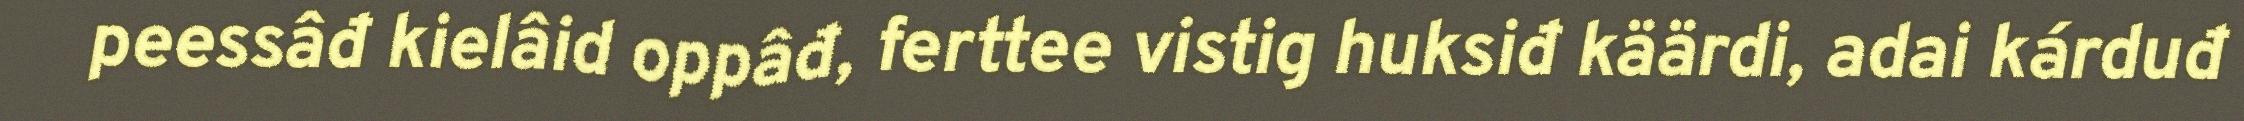
peessâđ kielâid oppâđ, ferttee vistig huksiđ käärdi, adai kárduđ